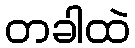
တခါထဲ